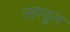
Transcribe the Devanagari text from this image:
ताण्डूल